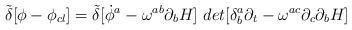
LaTeX: \begin{align*}{\tilde\delta}[\phi -\phi _{cl}]={\tilde\delta}[{\dot\phi^{a}-\omega^{ab}\partial_{b}H]~det [\delta^{a}_{b}\partial_{t}-\omega^{ac}\partial_{c}\partial_{b}H}]\end{align*}